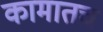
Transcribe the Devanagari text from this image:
कामातच